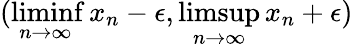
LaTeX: (\operatorname*{liminf}_{n\to\infty}x_{n}-\epsilon,\operatorname*{limsup}_{n\to\infty}x_{n}+\epsilon)